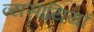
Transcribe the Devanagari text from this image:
व्यसायियों